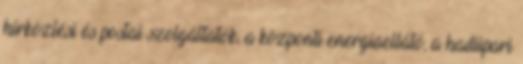
hírközlési és postai szolgáltatók, a központi energiaellátó, a hadiipari